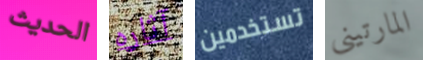
الحديث آثاره تستخدمين المارتيني